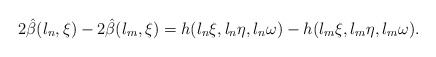
\begin{align*} 2\hat\beta(l_n,\xi)-2\hat\beta(l_m,\xi)=h(l_n \xi,l_n \eta, l_n \omega)-h(l_m \xi,l_m \eta, l_m \omega).\end{align*}